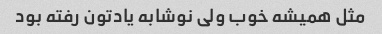
مثل همیشه خوب ولی نوشابه یادتون رفته بود